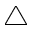
\triangle